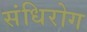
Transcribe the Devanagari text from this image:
संधिरोग